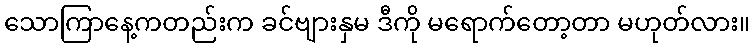
သောကြာနေ့ကတည်းက ခင်ဗျားနှမ ဒီကို မရောက်တော့တာ မဟုတ်လား။